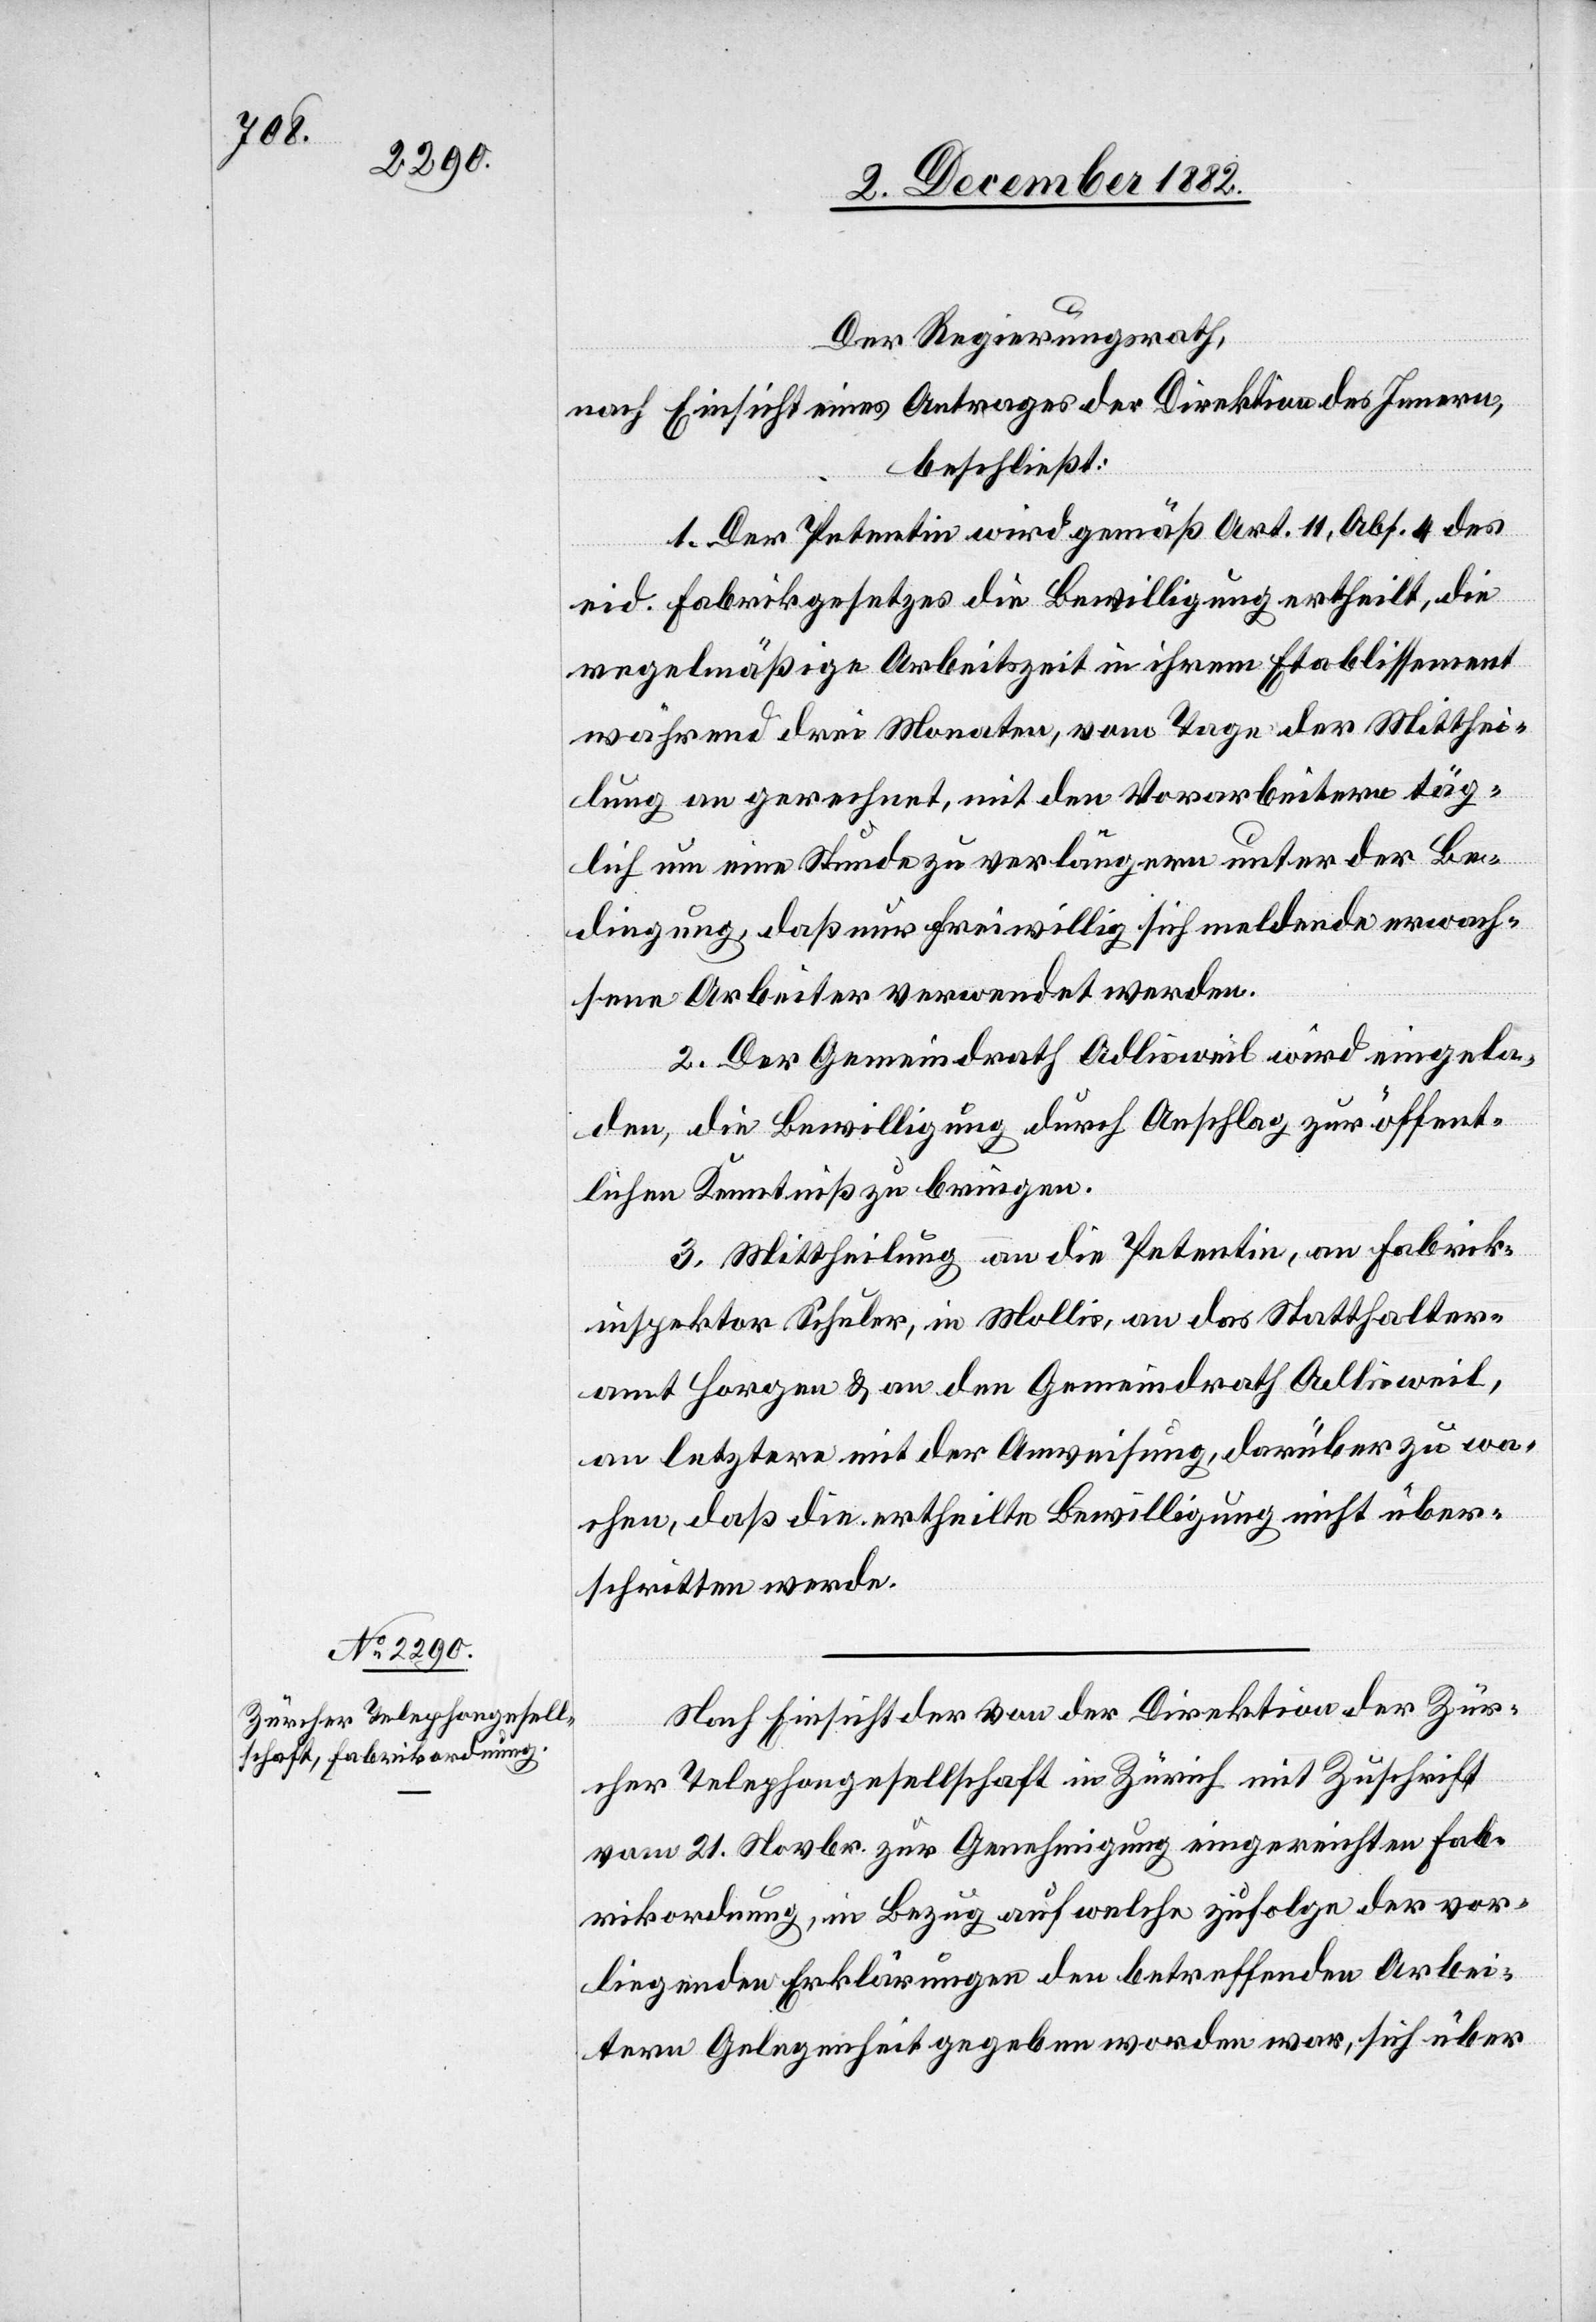
Der Regierungsrath,
nach Einsicht eines Antrages der Direktion des Innern,
beschließt:
1. Der Petentin wird gemäß Art. 11, Abs. 4 des
eid. Fabrikgesetzes die Bewilligung ertheilt, die
regelmäßige Arbeitszeit in ihrem Etablissement
während drei Monaten, vom Tage der Mitthei¬
lung an gerechnet, mit den Vorarbeitern täg¬
lich um eine Stunde zu verlängern unter der Be¬
dingung, daß nur freiwillig sich meldende erwach¬
sene Arbeiter verwendet werden.
2. Der Gemeindrath Adlisweil wird eingela¬
den, die Bewilligung durch Anschlag zur öffent¬
lichen Kenntniß zu bringen.
3. Mittheilung an die Petentin, an Fabrik¬
inspektor Schuler, in Mollis, an das Statthalter¬
amt Horgen & an den Gemeindrath Adlisweil,
an letztere mit der Anweisung, darüber zu wa¬
chen, daß die ertheilte Bewilligung nicht über¬
schritten werde.
Nach Einsicht der von der Direktion der Zür¬
cher Telephongesellschaft in Zürich mit Zuschrift
vom 21. Novbr. zur Genehmigung eingereichten Fab¬
rikordnung, in Bezug auf welche zufolge der vor¬
liegenden Erklärung den betreffenden Arbei¬
tern Gelegenheit gegeben worden war, sich über